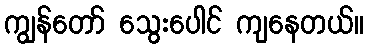
ကျွန်တော် သွေးပေါင် ကျနေတယ်။